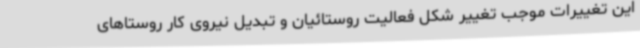
این تغییرات موجب تغییر شکل فعالیت روستائیان و تبدیل نیروی کار روستاهای